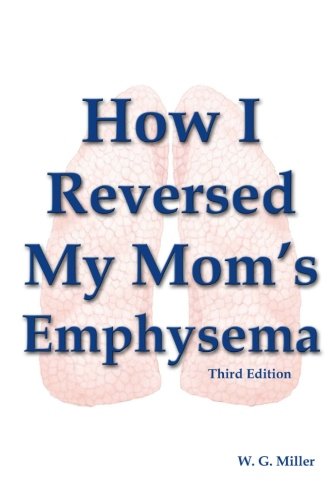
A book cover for How I Reversed My Mom's Emphysema Third Edition; W. G. Miller; Health, Fitness & Dieting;